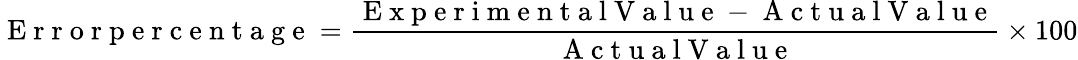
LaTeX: \mathrm{~E~r~r~o~r~p~e~r~c~e~n~t~a~g~e~}=\frac{\mathrm{~E~x~p~e~r~i~m~e~n~t~a~l~V~a~l~u~e~}-\mathrm{~A~c~t~u~a~l~V~a~l~u~e~}}{\mathrm{~A~c~t~u~a~l~V~a~l~u~e~}}\times 100